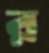
র